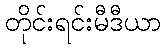
တိုင်းရင်းမီဒီယာ